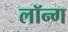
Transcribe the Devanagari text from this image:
लॉन्‍ग